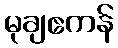
မုချဧကန်